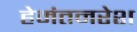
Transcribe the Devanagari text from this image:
हेमंतनरेश